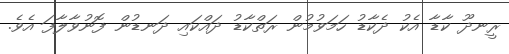
ރީނދޫ ކާޑާ އެކު ދެކާޑު ހަމަވުމުން ރަތްކާޑު ދައްކައި ދަނޑުން ފޮނުވާލާފަ އެވެ.